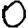
Digit: 0